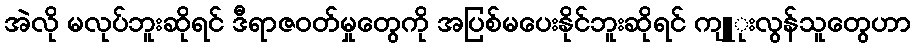
အဲလို မလုပ်ဘူးဆိုရင် ဒီရာဇဝတ်မှုတွေကို အပြစ်မပေးနိုင်ဘူးဆိုရင် ကျူုးလွန်သူတွေဟာ